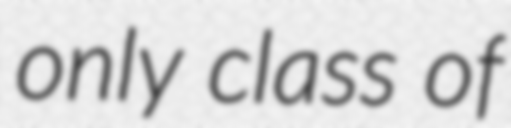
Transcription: only class of